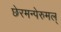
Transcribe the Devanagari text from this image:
छेरमन्पेरुमल्